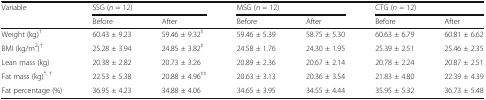
<table><thead><tr><td><b>Variable</b></td><td colspan="2"><b>SSG (<i>n</i> = 12)</b></td><td colspan="2"><b>MSG (<i>n</i> = 12)</b></td><td colspan="2"><b>CTG (<i>n</i> = 12)</b></td></tr><tr><td></td><td><b>Before</b></td><td><b>After</b></td><td><b>Before</b></td><td><b>After</b></td><td><b>Before</b></td><td><b>After</b></td></tr></thead><tbody><tr><td>Weight (kg)<sup>†</sup></td><td>60.43 ± 9.23</td><td>59.46 ± 9.32<sup>‡</sup></td><td>59.46 ± 5.39</td><td>58.75 ± 5.30</td><td>60.63 ± 6.79</td><td>60.81 ± 6.62</td></tr><tr><td>BMI (kg/m<sup>2</sup>)<sup>†</sup></td><td>25.28 ± 3.94</td><td>24.85 ± 3.82<sup>‡</sup></td><td>24.58 ± 1.76</td><td>24.30 ± 1.95</td><td>25.39 ± 2.51</td><td>25.46 ± 2.35</td></tr><tr><td>Lean mass (kg)</td><td>20.38 ± 2.82</td><td>20.73 ± 3.26</td><td>20.89 ± 2.36</td><td>20.67 ± 2.14</td><td>20.78 ± 2.24</td><td>20.87 ± 2.51</td></tr><tr><td>Fat mass (kg)<sup>*, †</sup></td><td>22.53 ± 5.38</td><td>20.88 ± 4.96<sup>‡‡</sup></td><td>20.63 ± 3.13</td><td>20.36 ± 3.54</td><td>21.83 ± 4.80</td><td>22.39 ± 4.39</td></tr><tr><td>Fat percentage (%)</td><td>36.95 ± 4.23</td><td>34.88 ± 4.06</td><td>34.65 ± 3.95</td><td>34.55 ± 4.44</td><td>35.95 ± 5.32</td><td>36.73 ± 5.48</td></tr></tbody></table>